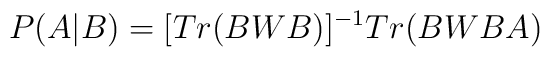
P(A | B) = [Tr(BWB)]^{-1} Tr(BWBA)